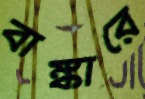
বাঙ্কারে